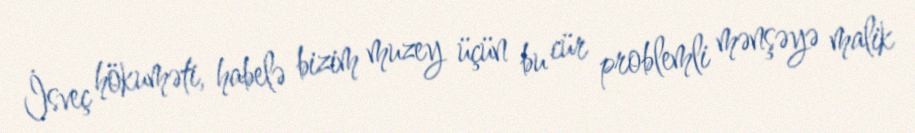
İsveç hökuməti, habelə bizim muzey üçün bu cür problemli mənşəyə malik